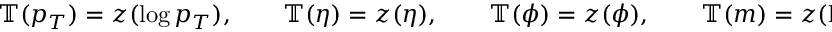
\begin{array} { r } { \mathbb { T } ( p _ { T } ) = z ( \log p _ { T } ) , \qquad \mathbb { T } ( \eta ) = z ( \eta ) , \qquad \mathbb { T } ( \phi ) = z ( \phi ) , \qquad \mathbb { T } ( m ) = z ( \log ( m + 2 ) ) , } \end{array}